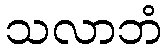
သလာဘံ